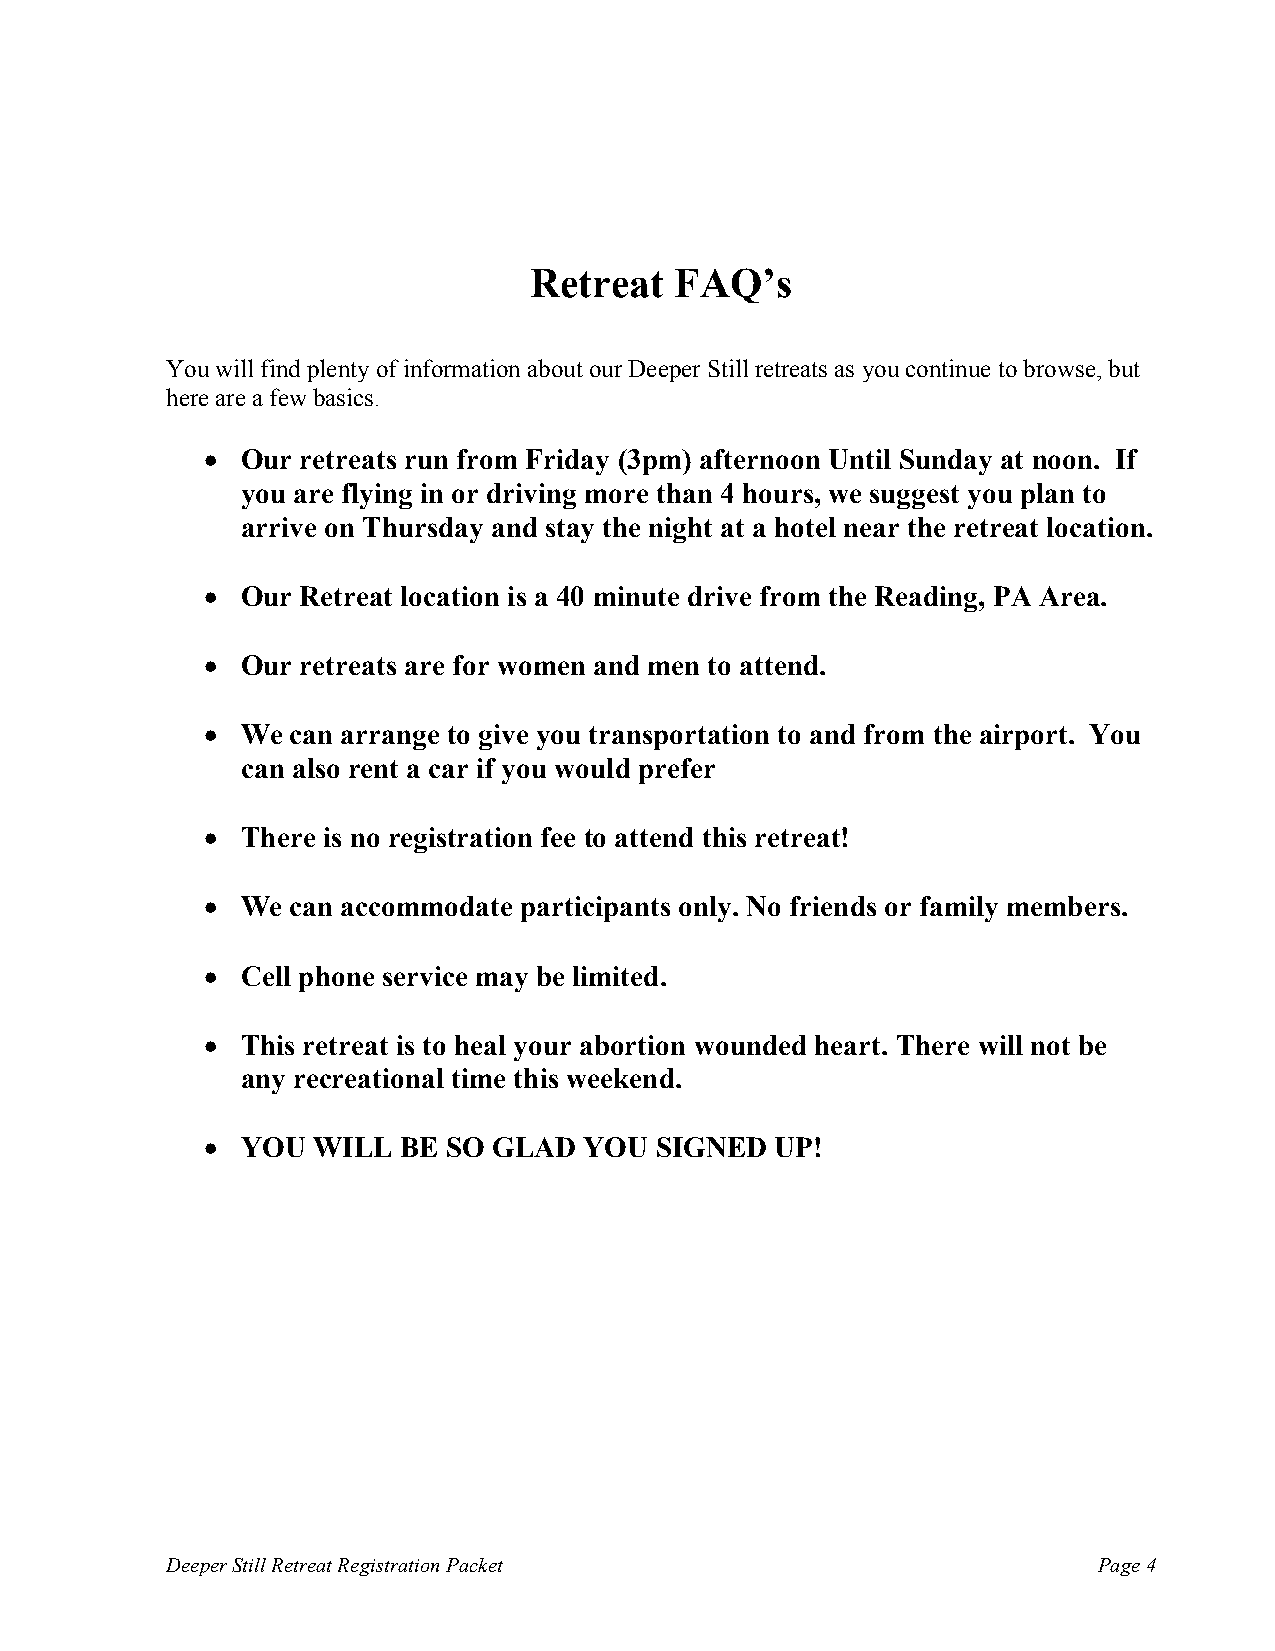
Retreat   FAQ’s
 You will find plenty of information about our Deeper Still retreats as you continue to browse, but
 here are a few basics.
 •  Our retreats run from Friday (3pm) afternoon Until Sunday at noon. If
 you are flying in or driving more than 4 hours, we suggest you plan to
 arrive on Thursday and stay the night at a hotel near the retreat location.
 •  Our Retreat location is a 40 minute drive from the Reading, PA Area.
 •  Our retreats are for women and men to attend.
 •  We can arrange to give you transportation to and from the airport. You
 can also rent a car if you would prefer
 •  There is no registration fee to attend this retreat!
 •  We can accommodate participants only. No friends or family members.
 •  Cell phone service may be limited.
 •  This retreat is to heal your abortion wounded heart. There will not be
 any recreational time this weekend.
 •  YOU  WILL BE  SO GLAD  YOU SIGNED  UP!
 Deeper Still Retreat Registration Packet                      Page 4